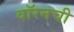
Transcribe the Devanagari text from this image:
वॉरनची